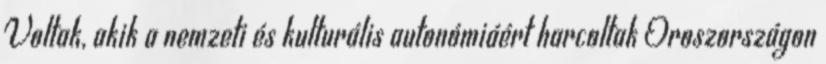
Voltak, akik a nemzeti és kulturális autonómiáért harcoltak Oroszországon